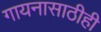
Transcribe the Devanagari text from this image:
गायनासाठीही